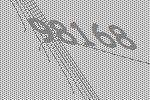
98168